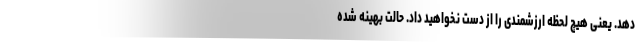
دهد. یعنی هیچ لحظه ارزشمندی را از دست نخواهید داد. حالت بهینه شده